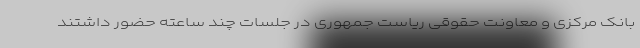
بانک مرکزی و معاونت حقوقی ریاست جمهوری در جلسات چند ساعته حضور داشتند